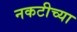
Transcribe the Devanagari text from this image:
नकटीच्या